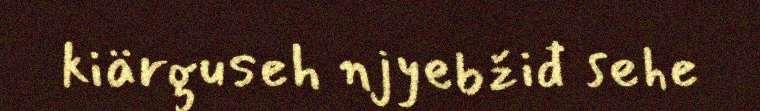
kiärguseh njyebžiđ sehe